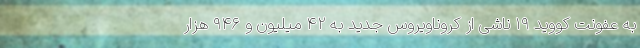
به عفونت کووید ۱۹ ناشی از کروناویروس جدید به ۴۲ میلیون و ۹۴۶ هزار